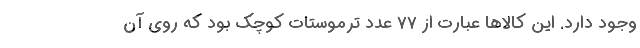
وجود دارد. این کالاها عبارت از ۷۷ عدد ترموستات کوچک بود که روی آن